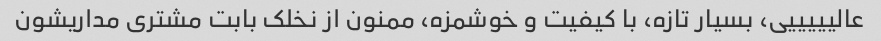
عالیییییی، بسیار تازه، با کیفیت و خوشمزه، ممنون از نخلک بابت مشتری مداریشون